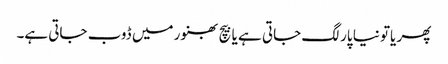
پھر یاتو نیا پار لگ جاتی ہے یا بیچ بھنور میں ڈوب جاتی ہے۔